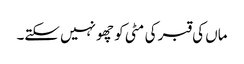
ماں کی قبر کی مٹی کو چھو نہیں سکتے۔